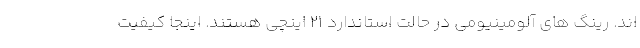
اند. رینگ های آلومینیومی در حالت استاندارد 21 اینچی هستند. اینجا کیفیت